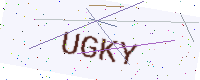
Text: UGKY